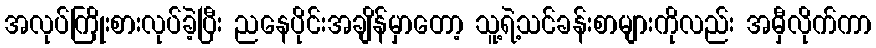
အလုပ်ကြိုးစားလုပ်ခဲ့ပြီး ညနေပိုင်းအချိန်မှာတော့ သူ့ရဲ့သင်ခန်းစာများကိုလည်း အမှီလိုက်ကာ